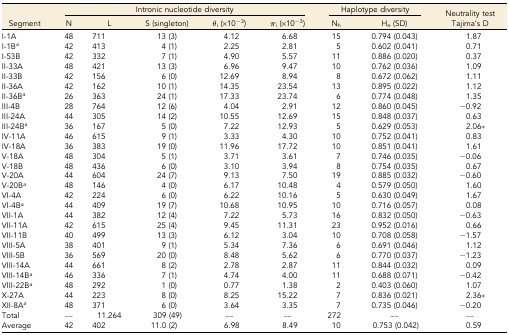
<table><thead><tr><td></td><td colspan="5"><b>Intronic nucleotide diversity</b></td><td colspan="2"><b>Haplotype diversity</b></td><td rowspan="2"><b>Neutrality test Tajima’s D</b></td></tr><tr><td><b>Segment</b></td><td><b>N</b></td><td><b>L</b></td><td><b>S (singleton)</b></td><td><b><i>θ<sub>i</sub></i> (×10<sup>−3</sup>)</b></td><td><b><i>π<sub>i</sub></i> (×10<sup>−3</sup>)</b></td><td><b>N<sub>h</sub></b></td><td><b>H<sub>e</sub> (SD)</b></td></tr></thead><tbody><tr><td>I-1A</td><td>48</td><td>711</td><td>13 (3)</td><td>4.12</td><td>6.68</td><td>15</td><td>0.794 (0.043)</td><td>1.87</td></tr><tr><td>I-1B<i><sup>a</sup></i></td><td>42</td><td>413</td><td>4 (1)</td><td>2.25</td><td>2.81</td><td>5</td><td>0.602 (0.041)</td><td>0.71</td></tr><tr><td>I-53B</td><td>42</td><td>332</td><td>7 (1)</td><td>4.90</td><td>5.57</td><td>11</td><td>0.886 (0.020)</td><td>0.37</td></tr><tr><td>II-33A</td><td>48</td><td>421</td><td>13 (3)</td><td>6.96</td><td>9.47</td><td>10</td><td>0.762 (0.036)</td><td>1.09</td></tr><tr><td>II-33B</td><td>42</td><td>156</td><td>6 (0)</td><td>12.69</td><td>8.94</td><td>8</td><td>0.672 (0.062)</td><td>1.11</td></tr><tr><td>II-36A</td><td>42</td><td>162</td><td>10 (1)</td><td>14.35</td><td>23.54</td><td>13</td><td>0.895 (0.022)</td><td>1.12</td></tr><tr><td>II-36B<i><sup>a</sup></i></td><td>26</td><td>363</td><td>24 (1)</td><td>17.33</td><td>23.74</td><td>6</td><td>0.774 (0.048)</td><td>1.35</td></tr><tr><td>III-4B</td><td>28</td><td>764</td><td>12 (6)</td><td>4.04</td><td>2.91</td><td>12</td><td>0.860 (0.045)</td><td>−0.92</td></tr><tr><td>III-24A</td><td>44</td><td>305</td><td>14 (2)</td><td>10.55</td><td>12.69</td><td>15</td><td>0.848 (0.037)</td><td>0.63</td></tr><tr><td>III-24B<i><sup>a</sup></i></td><td>36</td><td>167</td><td>5 (0)</td><td>7.22</td><td>12.93</td><td>5</td><td>0.629 (0.053)</td><td>2.06*</td></tr><tr><td>IV-11A</td><td>46</td><td>615</td><td>9 (1)</td><td>3.33</td><td>4.30</td><td>10</td><td>0.752 (0.041)</td><td>0.83</td></tr><tr><td>IV-18A</td><td>36</td><td>383</td><td>19 (0)</td><td>11.96</td><td>17.72</td><td>10</td><td>0.851 (0.041)</td><td>1.61</td></tr><tr><td>V-18A</td><td>48</td><td>304</td><td>5 (1)</td><td>3.71</td><td>3.61</td><td>7</td><td>0.746 (0.035)</td><td>−0.06</td></tr><tr><td>V-18B</td><td>48</td><td>436</td><td>6 (0)</td><td>3.10</td><td>3.94</td><td>8</td><td>0.754 (0.035)</td><td>0.67</td></tr><tr><td>V-20A</td><td>44</td><td>604</td><td>24 (7)</td><td>9.13</td><td>7.50</td><td>19</td><td>0.885 (0.032)</td><td>−0.60</td></tr><tr><td>V-20B<i><sup>a</sup></i></td><td>48</td><td>146</td><td>4 (0)</td><td>6.17</td><td>10.48</td><td>4</td><td>0.579 (0.050)</td><td>1.60</td></tr><tr><td>VI-4A</td><td>42</td><td>224</td><td>6 (0)</td><td>6.22</td><td>10.16</td><td>5</td><td>0.630 (0.049)</td><td>1.67</td></tr><tr><td>VI-4B<i><sup>a</sup></i></td><td>44</td><td>409</td><td>19 (7)</td><td>10.68</td><td>10.95</td><td>10</td><td>0.716 (0.057)</td><td>0.08</td></tr><tr><td>VII-1A</td><td>44</td><td>382</td><td>12 (4)</td><td>7.22</td><td>5.73</td><td>16</td><td>0.832 (0.050)</td><td>−0.63</td></tr><tr><td>VII-11A</td><td>42</td><td>615</td><td>25 (4)</td><td>9.45</td><td>11.31</td><td>23</td><td>0.952 (0.016)</td><td>0.66</td></tr><tr><td>VII-11B</td><td>40</td><td>499</td><td>13 (3)</td><td>6.12</td><td>3.04</td><td>10</td><td>0.708 (0.058)</td><td>−1.57</td></tr><tr><td>VIII-5A</td><td>38</td><td>401</td><td>9 (1)</td><td>5.34</td><td>7.36</td><td>6</td><td>0.691 (0.046)</td><td>1.12</td></tr><tr><td>VIII-5B</td><td>36</td><td>569</td><td>20 (0)</td><td>8.48</td><td>5.62</td><td>6</td><td>0.770 (0.037)</td><td>−1.23</td></tr><tr><td>VIII-14A</td><td>44</td><td>661</td><td>8 (2)</td><td>2.78</td><td>2.87</td><td>11</td><td>0.844 (0.032)</td><td>0.09</td></tr><tr><td>VIII-14B<i><sup>a</sup></i></td><td>46</td><td>336</td><td>7 (1)</td><td>4.74</td><td>4.00</td><td>11</td><td>0.688 (0.071)</td><td>−0.42</td></tr><tr><td>VIII-22B<i><sup>a</sup></i></td><td>48</td><td>292</td><td>1 (0)</td><td>0.77</td><td>1.38</td><td>2</td><td>0.403 (0.060)</td><td>1.07</td></tr><tr><td>X-27A</td><td>44</td><td>223</td><td>8 (0)</td><td>8.25</td><td>15.22</td><td>7</td><td>0.836 (0.021)</td><td>2.36*</td></tr><tr><td>XII-8A<i><sup>a</sup></i></td><td>48</td><td>371</td><td>6 (0)</td><td>3.64</td><td>3.35</td><td>7</td><td>0.735 (0.046)</td><td>−0.20</td></tr><tr><td>Total</td><td>––</td><td>11.264</td><td>309 (49)</td><td>––</td><td>––</td><td>272</td><td>––</td><td>––</td></tr><tr><td>Average</td><td>42</td><td>402</td><td>11.0 (2)</td><td>6.98</td><td>8.49</td><td>10</td><td>0.753 (0.042)</td><td>0.59</td></tr></tbody></table>